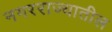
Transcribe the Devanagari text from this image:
नगरराज्यातील